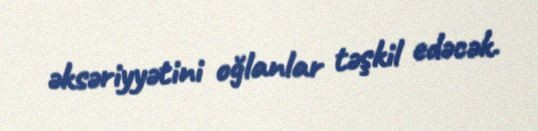
əksəriyyətini oğlanlar təşkil edəcək.